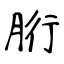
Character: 胻